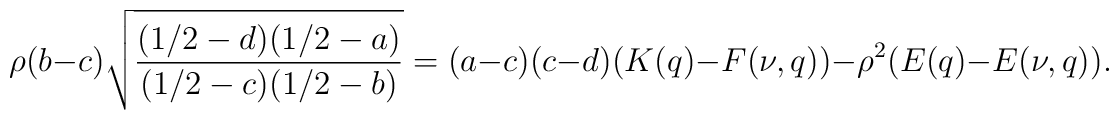
\rho(b-c)\sqrt{\frac{(1/2-d)(1/2-a)}{(1/2-c)(1/2-b)}} =(a-c)(c-d)(K(q)-F(\nu,q))-\rho^2(E(q)-E(\nu,q)).